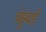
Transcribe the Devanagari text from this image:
चंहुदड़ों